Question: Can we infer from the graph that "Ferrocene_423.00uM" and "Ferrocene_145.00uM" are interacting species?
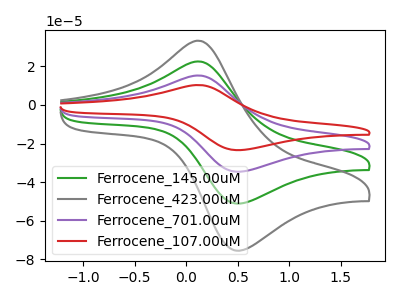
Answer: <think>The green curve "Ferrocene_145.00uM" has an anodic peak at (0.10V, 22.50uA) and a cathodic peak at (0.50V, -51.05uA). The gray curve "Ferrocene_423.00uM" has an anodic peak at (0.10V, 33.25uA) and a cathodic peak at (0.50V, -75.35uA). The purple curve "Ferrocene_701.00uM" has an anodic peak at (0.10V, 45.00uA) and a cathodic peak at (0.50V, -102.05uA). The red curve "Ferrocene_107.00uM" has an anodic peak at (0.10V, 67.50uA) and a cathodic peak at (0.50V, -153.10uA).
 All the peaks in "Ferrocene_423.00uM" have a peak in "Ferrocene_145.00uM" at the same potential. Every peak in "Ferrocene_423.00uM" is higher than every peak in "Ferrocene_145.00uM".</think>
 <answer>No, "Ferrocene_423.00uM" and "Ferrocene_145.00uM" don't appear to be significantly different in shape</answer>
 <eval>no_change</eval>